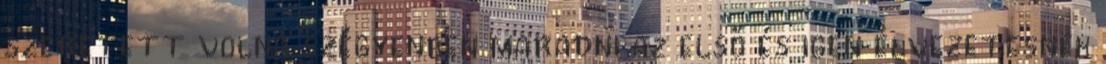
szeretett volna szégyenben maradni az első és igen élvezetesnek